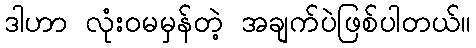
ဒါဟာ လုံးဝမမှန်တဲ့ အချက်ပဲဖြစ်ပါတယ်။